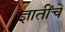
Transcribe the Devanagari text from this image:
ज्ञातींचें